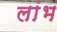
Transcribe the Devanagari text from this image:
लांभ